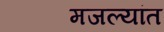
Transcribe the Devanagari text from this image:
मजल्यांत